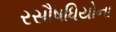
રસૌષધિયોના